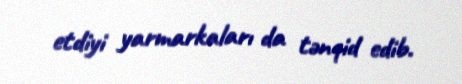
etdiyi yarmarkaları da tənqid edib.